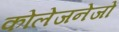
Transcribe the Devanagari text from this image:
कोलेजनेजों